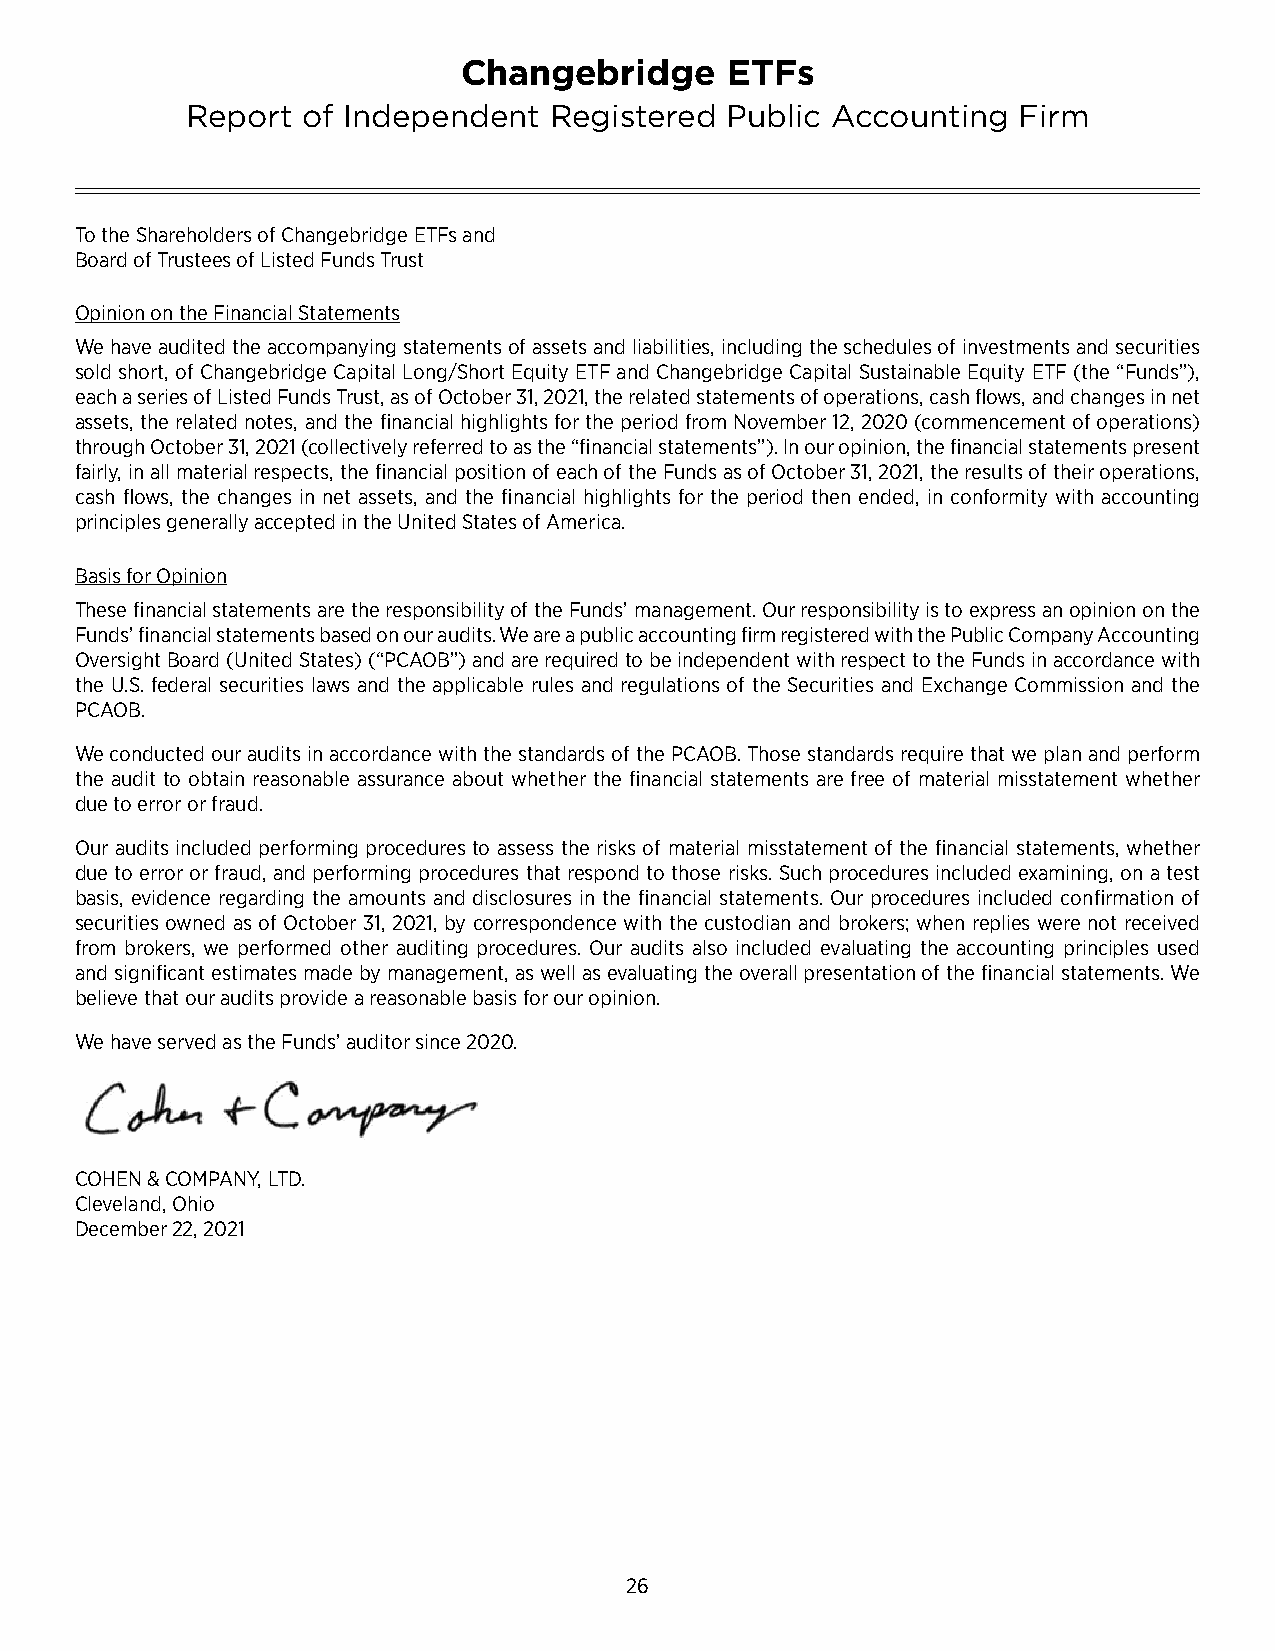
Changebridge      ETFs
 Report  of Independent  Registered  Public Accounting  Firm
 To the Shareholders of Changebridge ETFs and
 Board of Trustees of Listed Funds Trust
 Opinion on the Financial Statements
 We have audited the accompanying statements of assets and liabilities, including the schedules of investments and securities
 sold short, of Changebridge Capital Long/Short Equity ETF and Changebridge Capital Sustainable Equity ETF (the “Funds”),
 each a series of Listed Funds Trust, as of October 31, 2021, the related statements of operations, cash flows, and changes in net
 assets, the related notes, and the financial highlights for the period from November 12, 2020 (commencement of operations)
 through October 31, 2021 (collectively referred to as the “financial statements”)� In our opinion, the financial statements present
 fairly, in all material respects, the financial position of each of the Funds as of October 31, 2021, the results of their operations,
 cash flows, the changes in net assets, and the financial highlights for the period then ended, in conformity with accounting
 principles generally accepted in the United States of America�
 Basis for Opinion
 These financial statements are the responsibility of the Funds’ management� Our responsibility is to express an opinion on the
 Funds’ financial statements based on our audits� We are a public accounting firm registered with the Public Company Accounting
 Oversight Board (United States) (“PCAOB”) and are required to be independent with respect to the Funds in accordance with
 the U�S� federal securities laws and the applicable rules and regulations of the Securities and Exchange Commission and the
 PCAOB�
 We conducted our audits in accordance with the standards of the PCAOB� Those standards require that we plan and perform
 the audit to obtain reasonable assurance about whether the financial statements are free of material misstatement whether
 due to error or fraud�
 Our audits included performing procedures to assess the risks of material misstatement of the financial statements, whether
 due to error or fraud, and performing procedures that respond to those risks� Such procedures included examining, on a test
 basis, evidence regarding the amounts and disclosures in the financial statements� Our procedures included confirmation of
 securities owned as of October 31, 2021, by correspondence with the custodian and brokers; when replies were not received
 from brokers, we performed other auditing procedures� Our audits also included evaluating the accounting principles used
 and significant estimates made by management, as well as evaluating the overall presentation of the financial statements� We
 believe that our audits provide a reasonable basis for our opinion�
 We have served as the Funds’ auditor since 2020�
 COHEN & COMPANY, LTD�
 Cleveland, Ohio
 December 22, 2021
 26